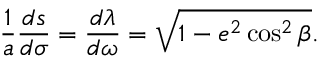
{ \frac { 1 } { a } } { \frac { d s } { d \sigma } } = { \frac { d \lambda } { d \omega } } = { \sqrt { 1 - e ^ { 2 } \cos ^ { 2 } \beta } } .